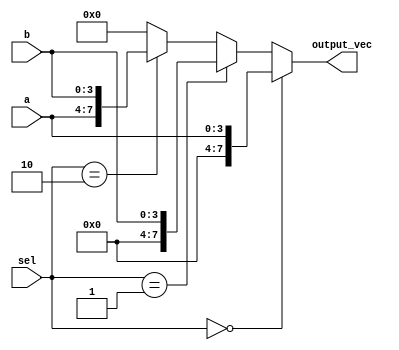
module vector_continuous_assignment (
    input wire [3:0] a,         // 4-bit input signal a
    input wire [3:0] b,         // 4-bit input signal b
    input wire [1:0] sel,       // 2-bit selection signal
    output wire [7:0] output_vec // 8-bit output vector signal
);

// Continuous assignment for the 8-bit output vector
assign output_vec = (sel == 2'b00) ? {4'b0000, a} :   // Concatenate 4 zeros with a
                    (sel == 2'b01) ? {4'b0000, b} :   // Concatenate 4 zeros with b
                    (sel == 2'b10) ? {a, b} :         // Concatenate a and b
                    8'b00000000;                         // Default case

endmodule